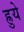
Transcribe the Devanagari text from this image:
ह्रुये